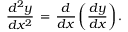
{ \frac { d ^ { 2 } y } { d x ^ { 2 } } } \, = \, { \frac { d } { d x } } \left( { \frac { d y } { d x } } \right) .